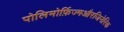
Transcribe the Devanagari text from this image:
पोलिमोर्फ़िज्मऔरजिनेरिक